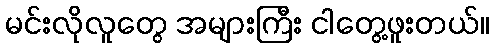
မင်းလိုလူတွေ အများကြီး ငါတွေ့ဖူးတယ်။